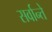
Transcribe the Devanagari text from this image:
सर्वान्ते